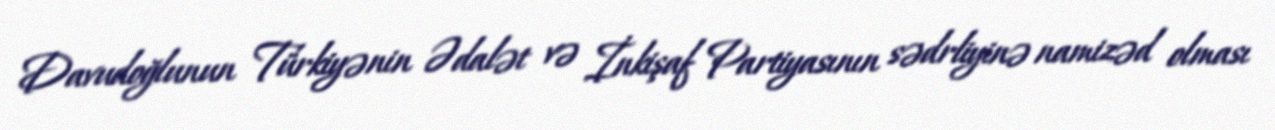
Davudoğlunun Türkiyənin Ədalət və İnkişaf Partiyasının sədrliyinə namizəd olması